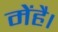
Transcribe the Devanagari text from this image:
मेंहै।